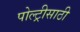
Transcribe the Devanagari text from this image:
पोल्ट्रीसाठी